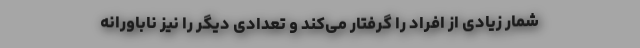
شمار زیادی از افراد را گرفتار می‌کند و تعدادی دیگر را نیز ناباورانه